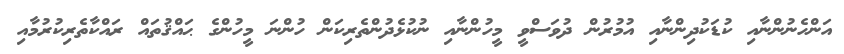
އަންހެނުންނާއި ކުޑަކުދިންނާއި އުމުރުން ދުވަސްވީ މީހުންނާއި ނުކުޅެދުންތެރިކަން ހުންނަ މީހުންގެ ޙައްޤުތައް ރައްކާތެރިކުރުމާއި